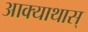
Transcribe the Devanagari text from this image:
आक्याथास्